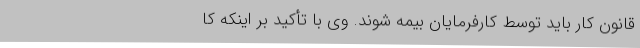
قانون کار باید توسط کارفرمایان بیمه شوند. وی با تأکید بر اینکه کا